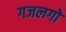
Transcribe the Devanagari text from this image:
गजलगो